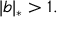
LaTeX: | b | _ { * } > 1 .